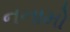
નનામો